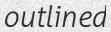
outlined